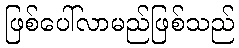
ဖြစ်ပေါ်လာမည်ဖြစ်သည်